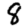
Digit: 8